Code of medical and sanitary regulations for the guidance of medical officers serving in the Madras Presidency - Volume I
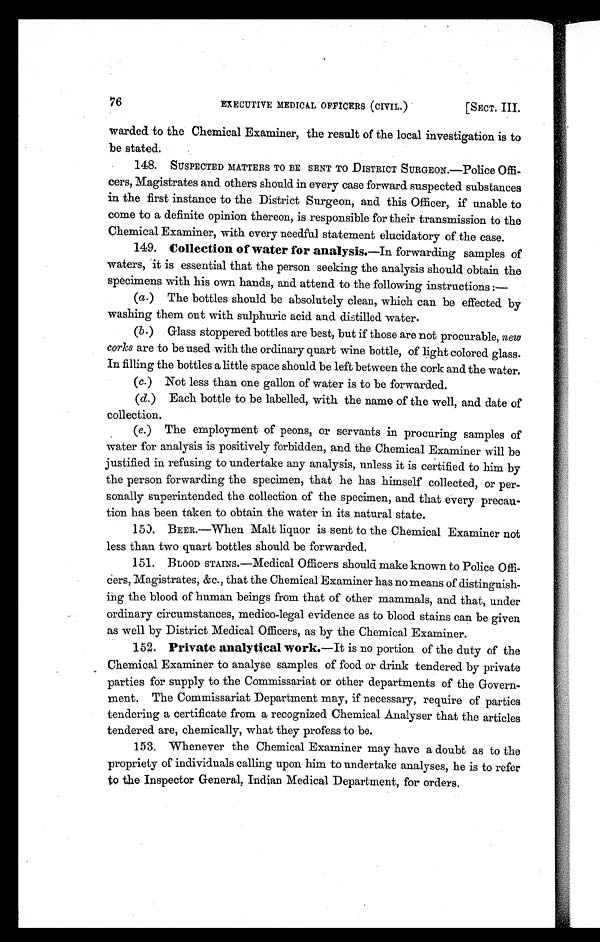
76
EXECUTIVE MEDICAL OFFICERS (CIVIL.)
[SECT. III.
warded. to the Chemical Examiner, the result of the local investigation is to
be stated.
148. SUSPECTED MATTERS TO BE SENT TO DISTRICT URGEON.—POliCe Offi
-cers, Magistrates and others should in every case forward suspected substances
in the first instance to the District Surgeon, and this Officer, if unable to
come to a definite opinion thereon, is responsible for their transmission to the
Chemical Examiner, with every needful statement elucidatory of the case.
149. Collection of water for analysis .—In forwarding samples of
waters, it is essential that the person seeking the analysis should obtain the
specimens with his own hands, and attend to the following instructions :
—
(a.) The bottles should be absolutely clean, which can be effected by
washing them out with sulphuric acid and distilled water.
(b.) Glass stoppered bottles are best, but if those are not procurable, new
corks are to be used with the ordinary quart wine bottle, of light colored glass.
In filling the bottles a little space should be left between the cork and the water.
(c.) Not less than one gallon of water is to be forwarded.
(d.) Each bottle to be labelled, with the name of the well, and date of
collection.
(e.) The employment of peons, or servants in procuring samples of
water for analysis is positively forbidden, and the Chemical Examiner will be
justified in refusing to undertake any analysis, unless it is certified to him by
the person forwarding the specimen, that he has himself collected, or per
-sonally superintended the collection of the specimen, and that every precau-
tion has been taken to obtain the water in its natural state.
150. BEER.—When Malt liquor is sent to the Chemical Examiner not
less than two quart bottles should be forwarded.
151. BLOOD STAINS.—Medical Officers should make known to Police Offi
-cers, Magistrates, &c., that the Chemical Examiner has no means of distinguish
-ing the blood of human beings from that of other mammals, and that, under
ordinary circumstances, medico-legal evidence as to blood stains can be given
as well by District Medical Officers, as by the Chemical Examiner.
152. Private analytical work.—It is no portion of the duty of the
Chemical Examiner to analyse samples of food or drink tendered by private
parties for supply to the Commissariat or other departments of the Govern-
ment. The Commissariat Department may, if necessary, require of parties
tendering a certificate from a recognized Chemical Analyser that the articles
tendered are, chemically, what they profess to be.
153. Whenever the Chemical Examiner may have a doubt as to the
propriety of individuals calling upon him to undertake analyses, he is to refer
to the Inspector General, Indian Medical Department, for orders,